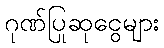
ဂုဏ်ပြုဆုငွေများ